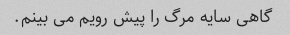
گاهی سایه مرگ را پیش رویم می بینم.